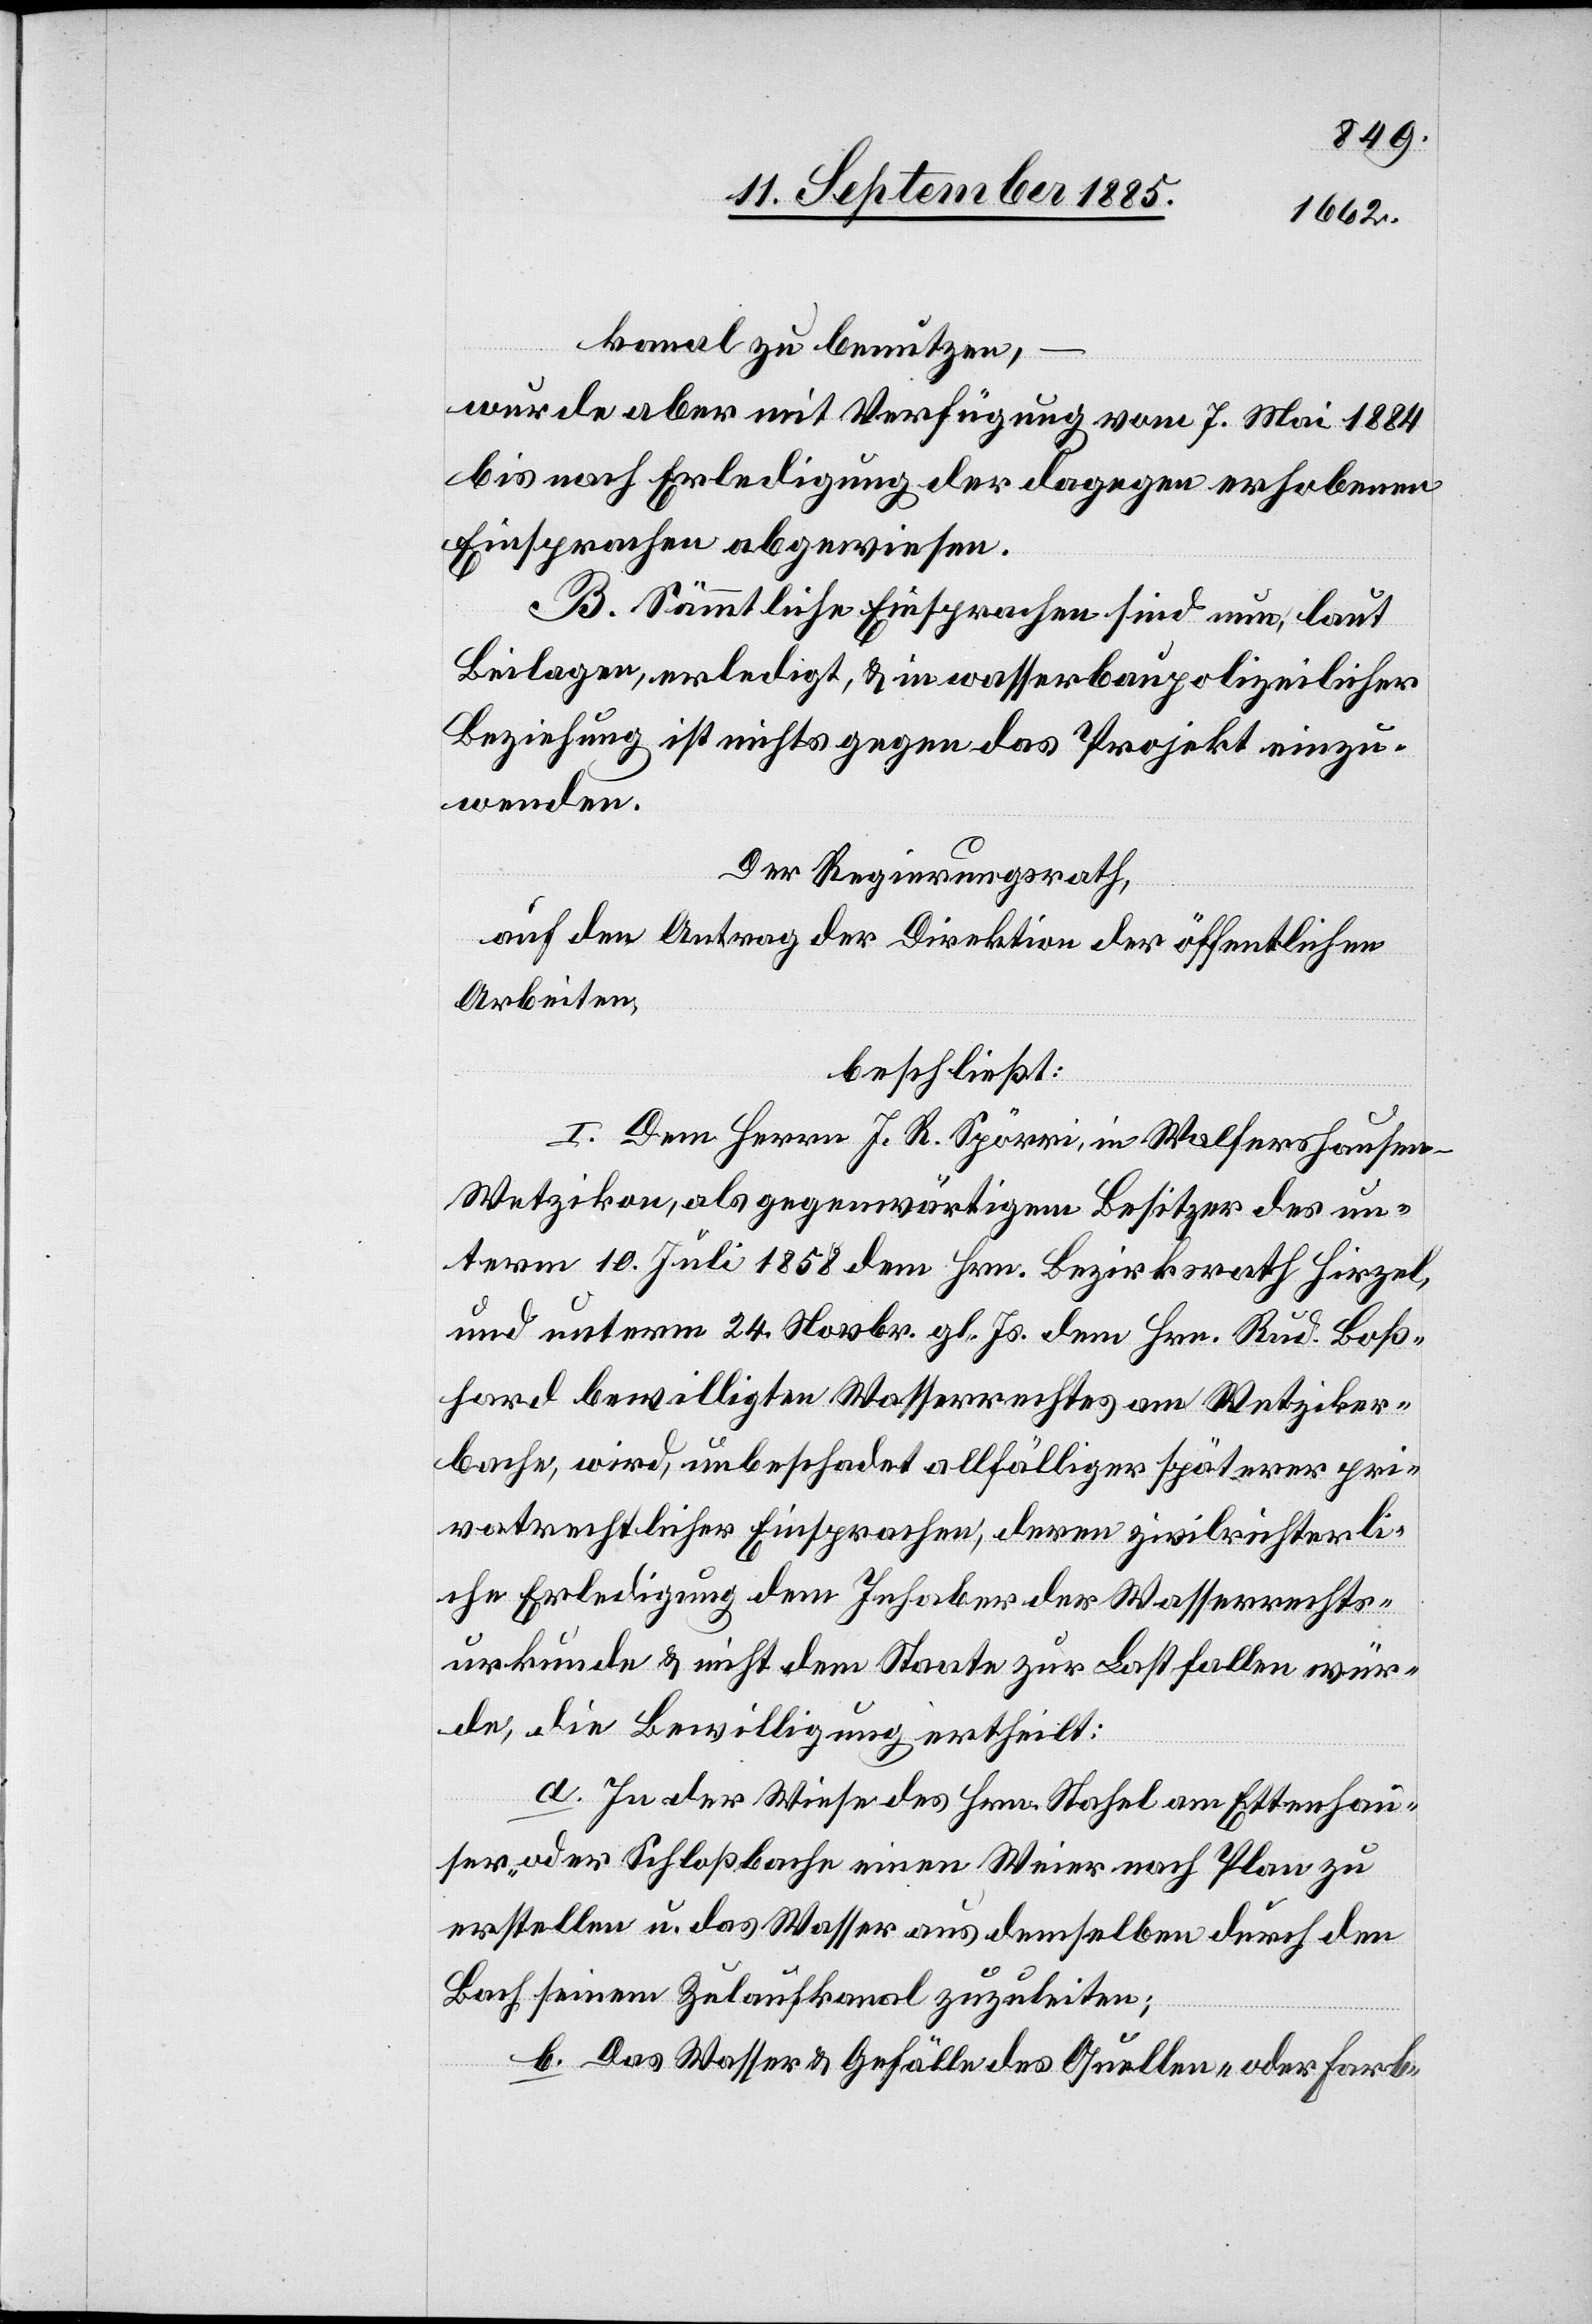
kanal zu benutzen,
–
wurde aber mit Verfügung vom 7. Mai 1884
bis nach Erledigung der dagegen erhobenen
Einsprachen abgewiesen.
B. Sämmtliche Einsprachen sind nun, laut
Beilagen, erledigt, & in wasserbaupolizeilicher
Beziehung ist nichts gegen das Projekt einzu¬
wenden.
Der Regierungsrath,
auf den Antrag der Direktion der öffentlichen
Arbeiten,
beschließt:
I. Dem Herrn J. R. Spörri, in Walfershausen
Wetzikon, als gegenwärtigem Besitzer des un¬
term 10. Juli 1885 dem Hrn. Bezirksrath Hirzel
und unterm 24. Novbr. gl. Js. dem Hrn. Rud. Boß¬
hard bewilligten Wasserrechtes am Wetziker¬
bache, wird, unbeschadet allfälliger späterer pri¬
vatrechtlicher Einsprachen, deren zivilrichterli¬
che Erledigung dem Inhaber der Wasserrechts¬
urkunde & nicht dem Staate zur Last fallen wür¬
de, die Bewilligung ertheilt:
a. In der Wiese des Hrn. Stahel am Ettenhau¬
ser- oder Schloßbache einen Weier nach Plan zu
erstellen u. das Wasser aus demselben durch den
Bach seinem Zulaufkanal zuzuleiten;
b. Das Wasser & Gefälle des Quellen- oder Farb-